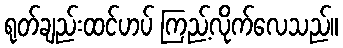
ရုတ်ချည်းထင်ဟပ် ကြည့်လိုက်လေသည်။